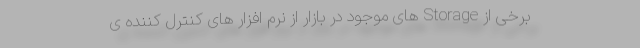
برخی از Storage های موجود در بازار از نرم افزار های کنترل کننده ی